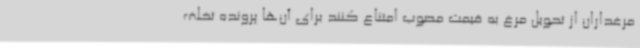
مرغداران از تحویل مرغ به قیمت مصوب امتناع کنند برای آن‌ها پرونده تخلف